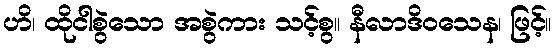
ဟိ၊ ထိုငါစွဲသော အစွဲကား သင့်စွ။ နီလာဒိဝသေန၊ ဖြင့်။